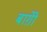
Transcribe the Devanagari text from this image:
बाग़ोे